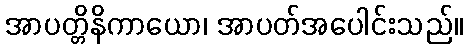
အာပတ္တိနိကာယော၊ အာပတ်အပေါင်းသည်။